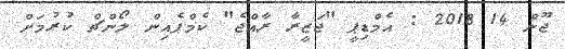
ޖޫން 14 2018 : އެމްޑިޕީ "ޖަޒީރާ ރާއްޖެ" ކެމްޕެއިން ލޯންޗް ކުރުމަށް